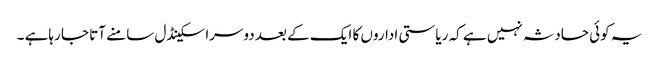
یہ کوئی حادثہ نہیں ہے کہ ریاستی اداروں کا ایک کے بعد دوسرا سکینڈل سامنے آتا جا رہاہے ۔